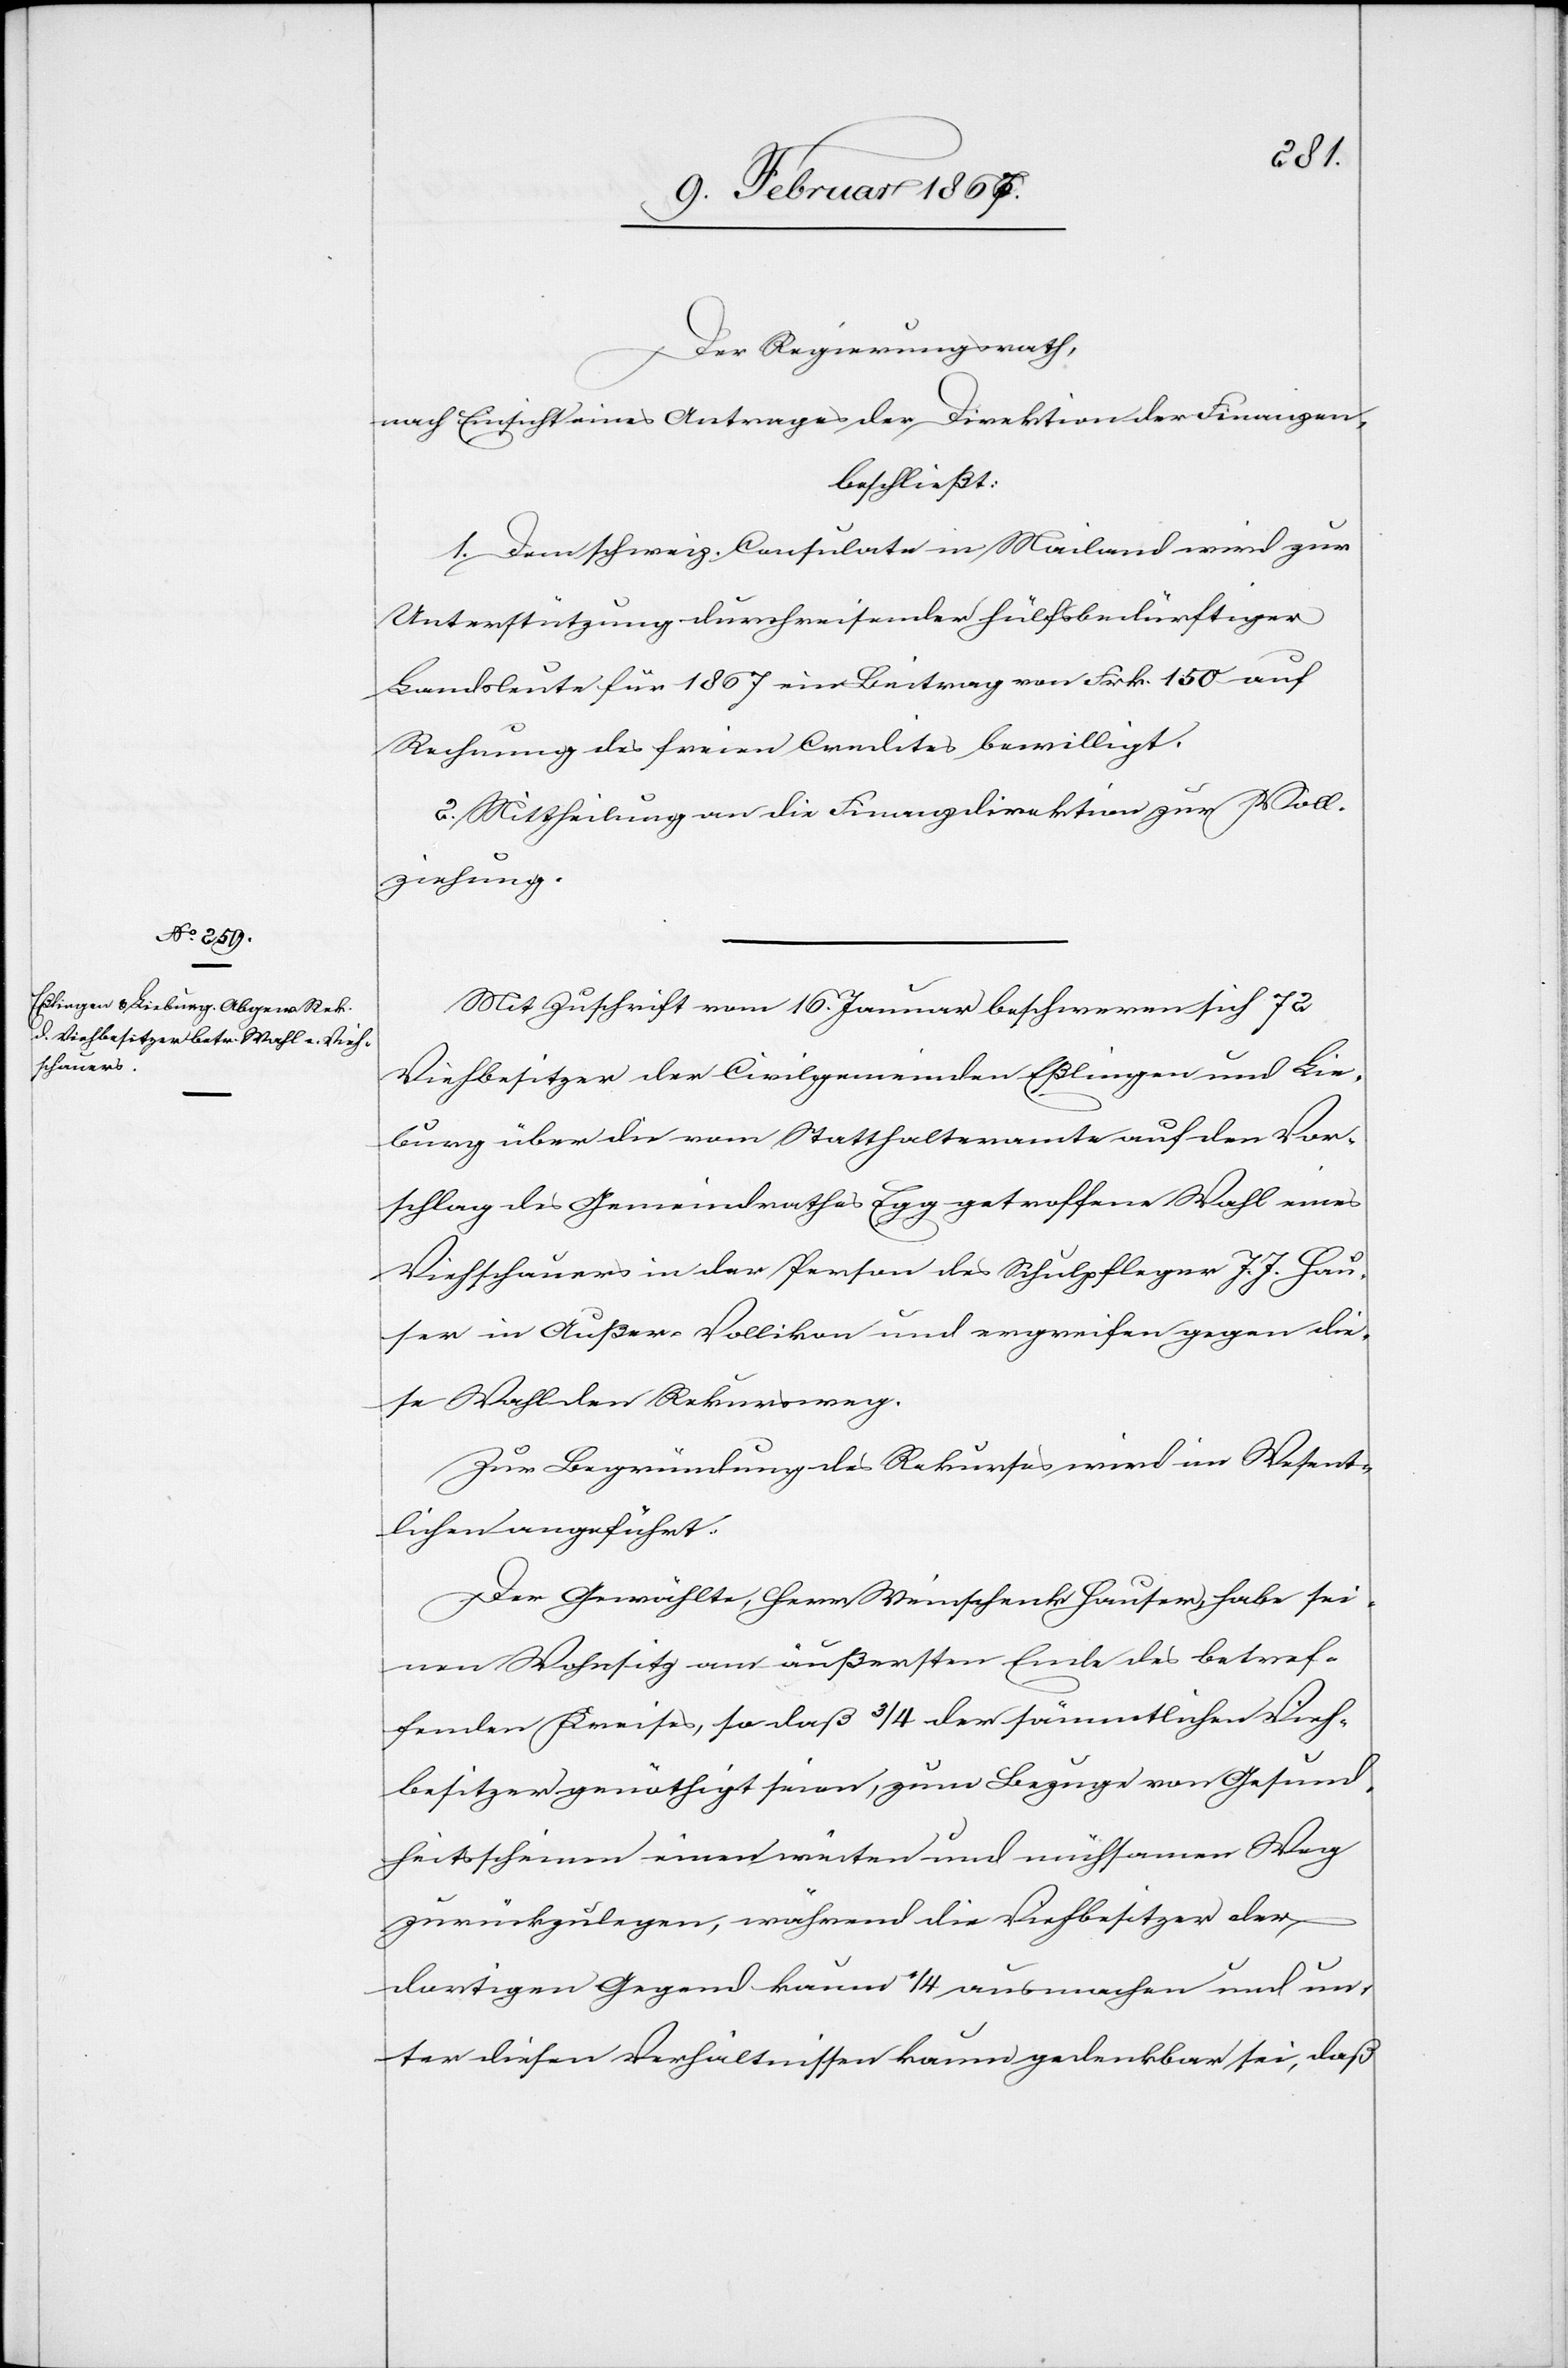
Der Regierungsrath,
nach Einsicht eines Antrages der Direktion der Finanzen,
beschließt:
1. Dem schweiz. Consulat in Mailand wird zur
Unterstützung durchreisender hülfsbedürftiger
Landsleute für 1867 ein Beitrag von Frk. 150 auf
Rechnung des freien Credites bewilligt.
2. Mittheilung an die Finanzdirektion zur Voll¬
ziehung.
Mit Zuschrift vom 16. Januar beschweren sich 72
Viehbesitzer der Civilgemeinden Eßlingen und Lie¬
burg über die vom Statthalteramte auf den Vor¬
schlag des Gemeindrathes Egg getroffene Wahl eines
Viehschauers in der Person des Schulpfleger J. J. Hau¬
ser in Außer-Vollikon und ergreifen gegen die¬
se Wahl den Rekursweg.
Zur Begründung des Rekurses wird im Wesent¬
lichen angeführt:
Der Gewählte, Herr Weinschenk Hauser, habe sei¬
nen Wohnsitz am äußersten Ende des betref¬
fenden Kreises, so daß 3/4 der sämmtlichen Vieh¬
besitzer genöthigt seien, zum Bezuge von Gesund¬
heitsscheinen einen weiten und mühsamen Weg
zurückzulegen, während die Viehbesitzer der
dortigen Gegend kaum 1/4 ausmachen und un¬
ter diesen Verhältnissen kaum gedenkbar sei, daß